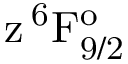
\mathrm { z \, ^ { 6 } F _ { 9 / 2 } ^ { o } }